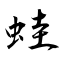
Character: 蛙